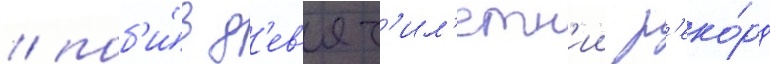
/ поб'и́в д'ев'ят'ил'етн'ии р'еко́рд